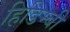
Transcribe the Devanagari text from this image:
हिडिम्बी